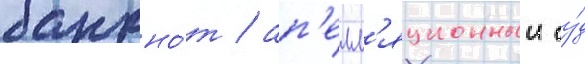
банкно́т / ап'елл'яционныи су́д